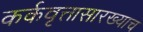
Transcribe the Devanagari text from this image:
कर्कवृत्तासारख्याच